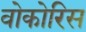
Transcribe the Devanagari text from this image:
वोकोरिस